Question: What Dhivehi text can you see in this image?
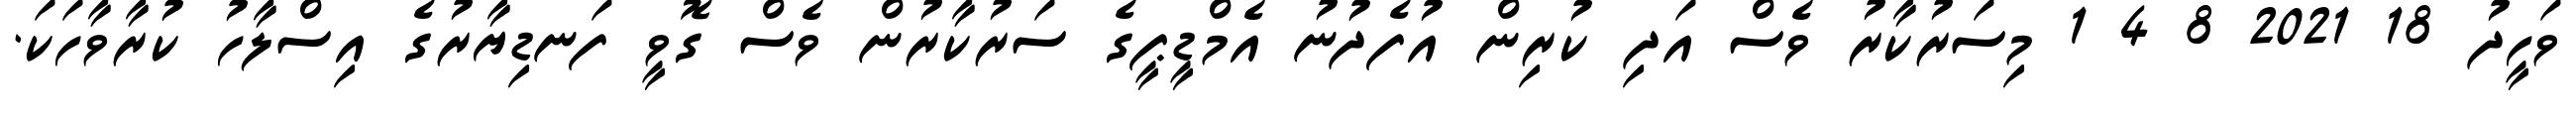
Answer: ވަހީދު 18 2021 8 4 1 މިސަރުކާރު ވެސް އަދި ކުރިން އުފެދުނު އެމްޑީޕީގެ ސަރުކާރުން ވެސް ގޮވީ ފަނޑިޔާރުގެ އިސްލާހު ކުރާވާހަކަ.